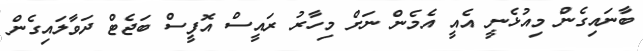
ބާނައިގެން މިއުޅެނީ އެއީ އެމެން ނަށް މިހާރު ރައީސް އޮފީސް ބަޖެޓް ދަވާލައިގެން